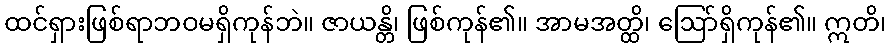
ထင်ရှားဖြစ်ရာဘဝမရှိကုန်ဘဲ။ ဇာယန္တိ၊ ဖြစ်ကုန်၏။ အာမအတ္ထိ၊ ဩော်ရှိကုန်၏။ ဣတိ၊